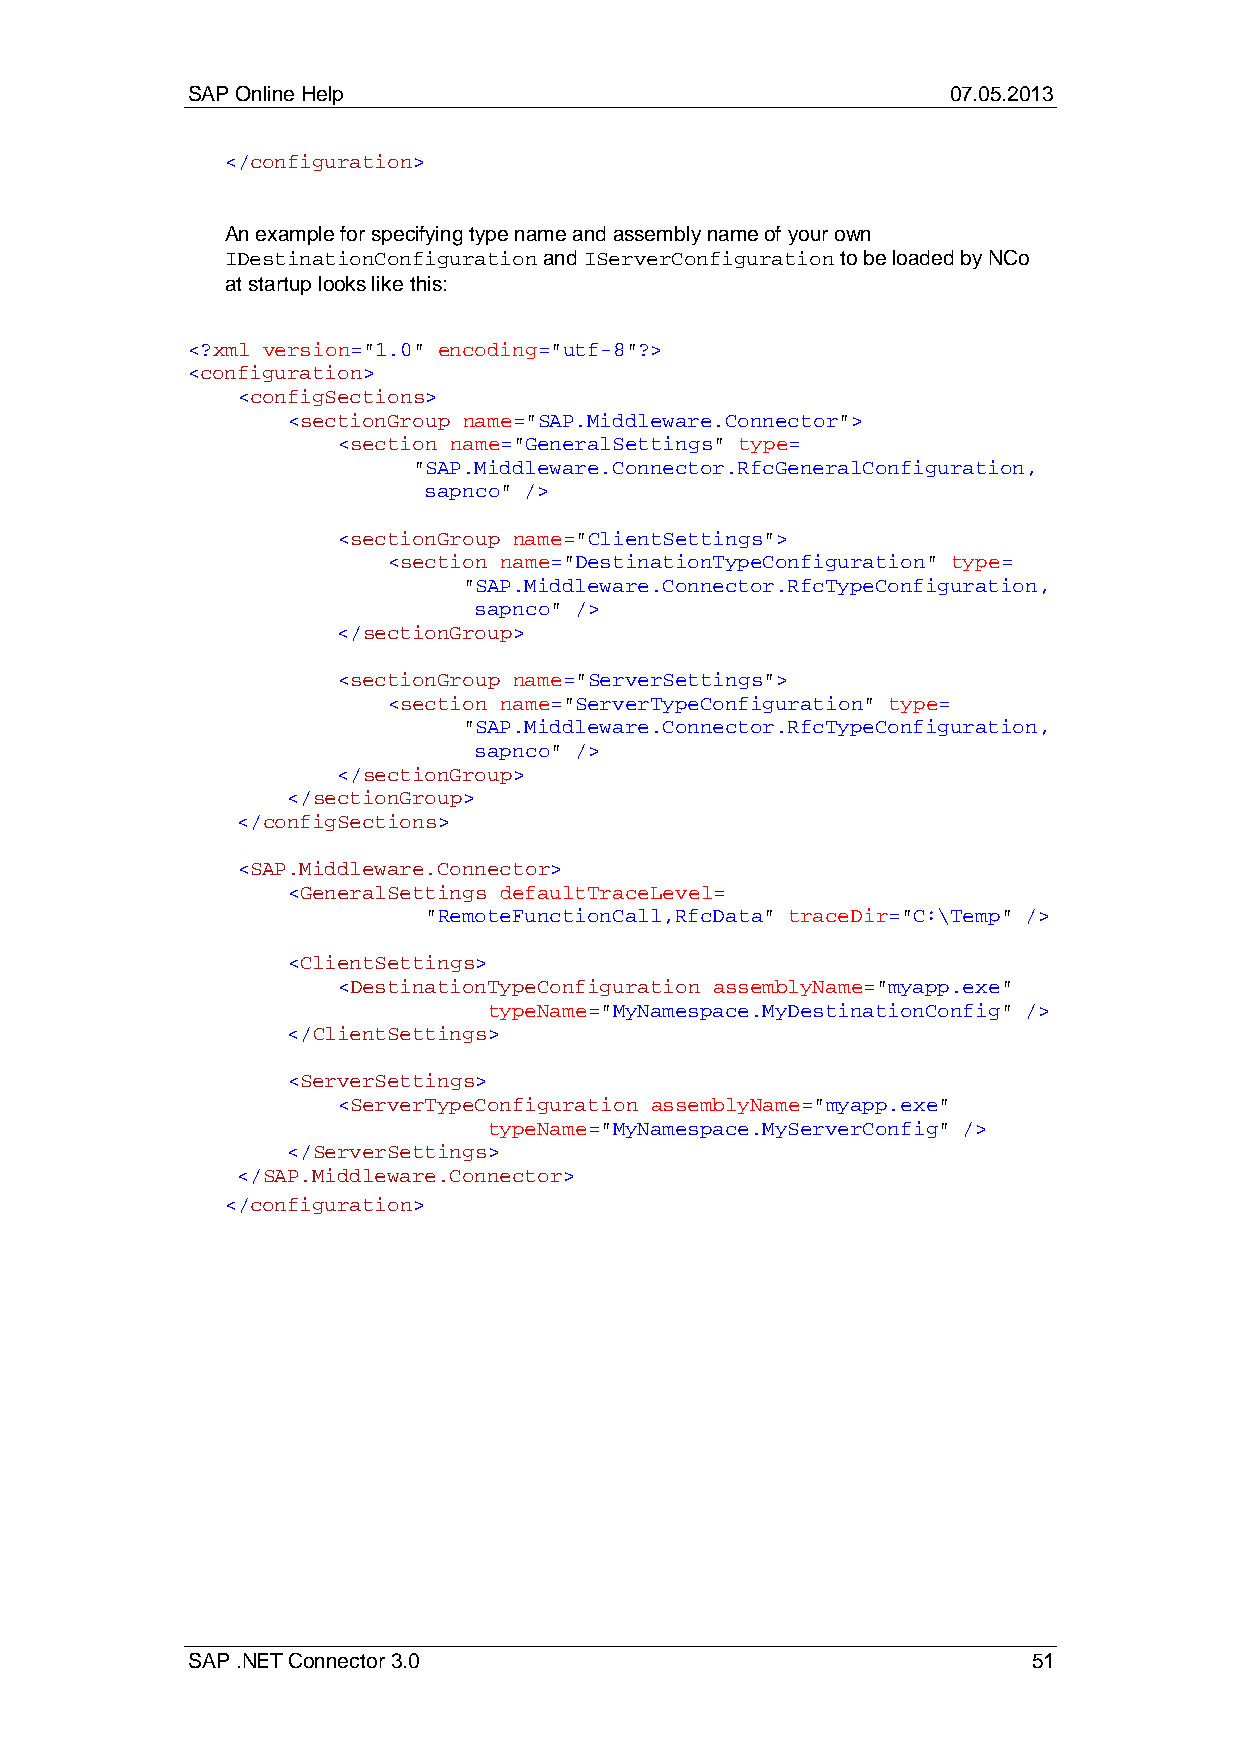
SAP Online Help                                    07.05.2013
 </configuration>
 An example for specifying type name and assembly name of your own
 IDestinationConfiguration and IServerConfiguration to be loaded by NCo
 at startup looks like this:
 <?xml version="1.0" encoding="utf-8"?>
 <configuration>
 <configSections>
 <sectionGroup name="SAP.Middleware.Connector">
 <section name="GeneralSettings" type=
 "SAP.Middleware.Connector.RfcGeneralConfiguration,
 sapnco" />
 <sectionGroup name="ClientSettings">
 <section name="DestinationTypeConfiguration" type=
 "SAP.Middleware.Connector.RfcTypeConfiguration,
 sapnco" />
 </sectionGroup>
 <sectionGroup name="ServerSettings">
 <section name="ServerTypeConfiguration" type=
 "SAP.Middleware.Connector.RfcTypeConfiguration,
 sapnco" />
 </sectionGroup>
 </sectionGroup>
 </configSections>
 <SAP.Middleware.Connector>
 <GeneralSettings defaultTraceLevel=
 "RemoteFunctionCall,RfcData" traceDir="C:\Temp" />
 <ClientSettings>
 <DestinationTypeConfiguration assemblyName="myapp.exe"
 typeName="MyNamespace.MyDestinationConfig" />
 </ClientSettings>
 <ServerSettings>
 <ServerTypeConfiguration assemblyName="myapp.exe"
 typeName="MyNamespace.MyServerConfig" />
 </ServerSettings>
 </SAP.Middleware.Connector>
 </configuration>
 SAP .NET Connector 3.0                                  51